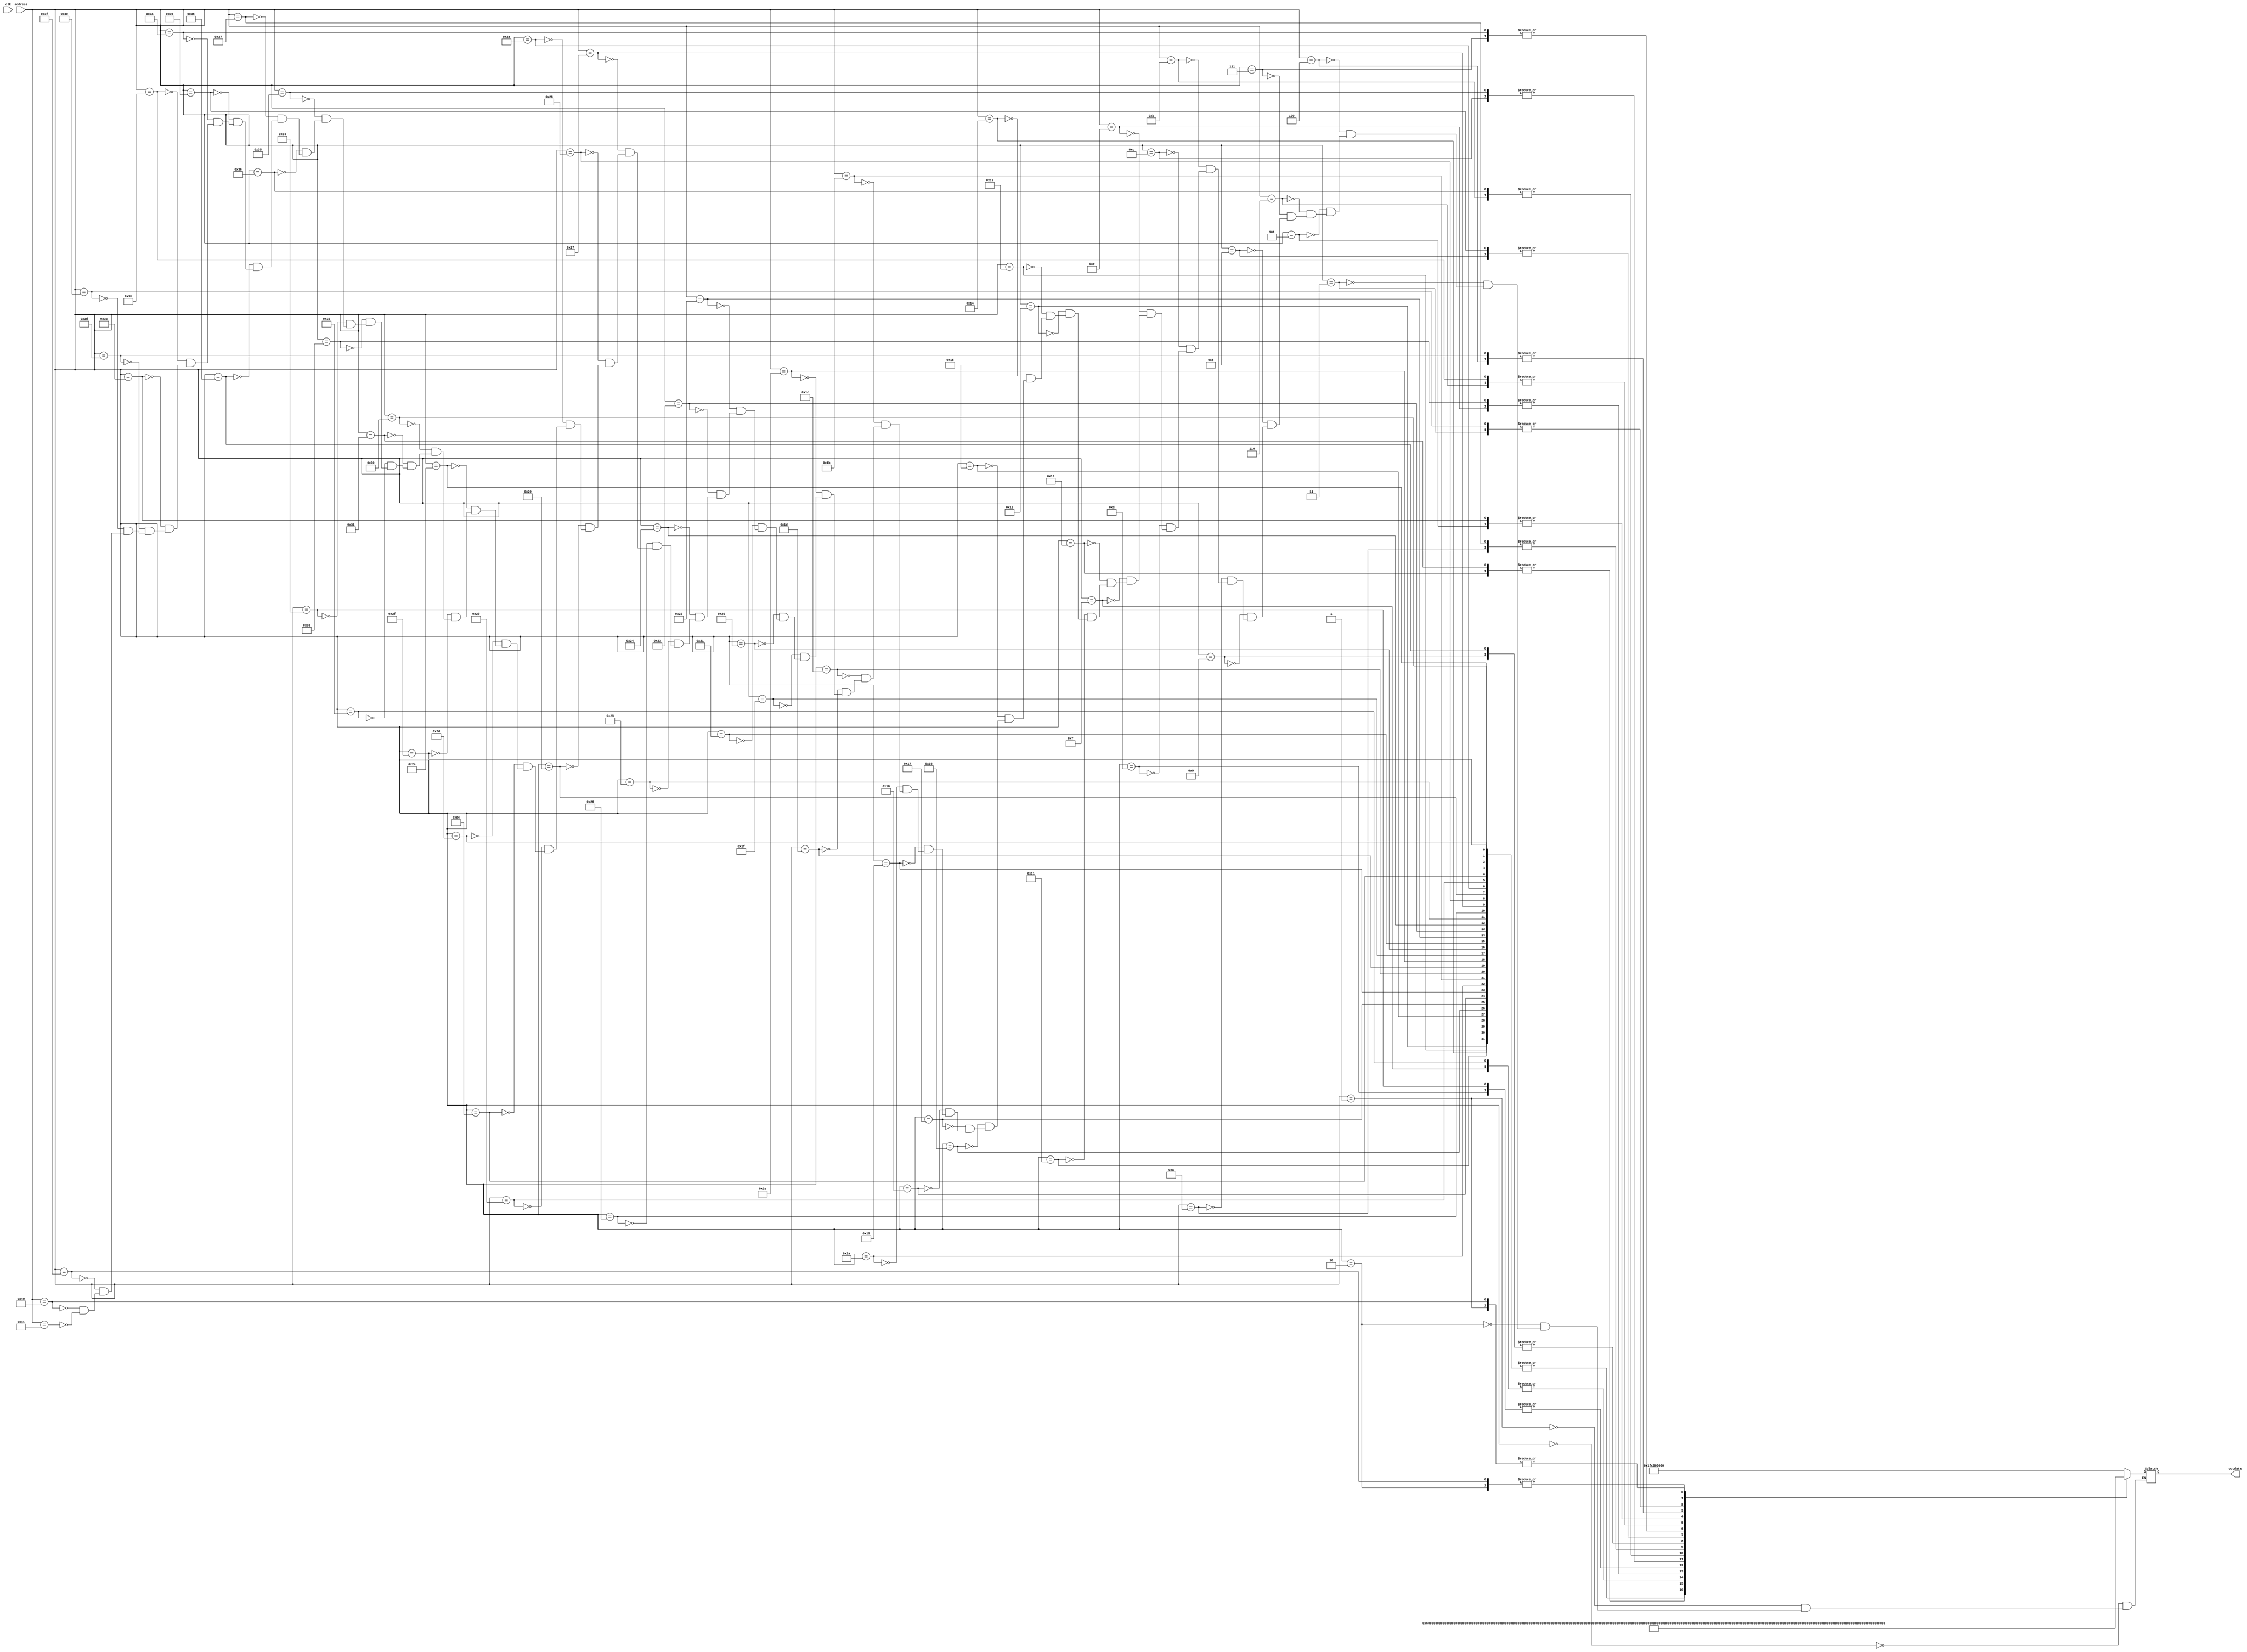
module selector_base (
    input wire clk,  // clock
    input wire[6:0] address,
    output reg [58:0] outdata
  );
  
  (* rom_style = "block" *)
  
  reg [6:0] address_reg;

  /* Combinational Logic */
  always @* begin
    case(address)
      0: outdata = 59'b00000000000000000000000000111111100000000000000000000000000;
      1: outdata = 59'b00000000000000000000000011111111111000000000000000000000000;
      2: outdata = 59'b00000000000000000000001111100000111110000000000000000000000;
      3: outdata = 59'b00000000000000000000011110000000001111000000000000000000000;
      4: outdata = 59'b00000000000000000001111000000000000011110000000000000000000;
      5: outdata = 59'b00000000000000000011110000000000000001111000000000000000000;
      6: outdata = 59'b00000000000000001111000000000000000000011110000000000000000;
      7: outdata = 59'b00000000000000111100000000000000000000000111100000000000000;
      8: outdata = 59'b00000000000001111000000000000000000000000011110000000000000;
      9: outdata = 59'b00000000000111100000000000000000000000000000111100000000000;
      10: outdata = 59'b00000000011110000000000000000000000000000000001111000000000;
      11: outdata = 59'b00000000111000000000000000000000000000000000000011100000000;
      12: outdata = 59'b00000011110000000000000000000000000000000000000001111000000;
      13: outdata = 59'b00000111000000000000000000000000000000000000000000011100000;
      14: outdata = 59'b00011100000000000000000000000000000000000000000000000111000;
      15: outdata = 59'b01111000000000000000000000000000000000000000000000000011110;
      16: outdata = 59'b01100000000000000000000000000000000000000000000000000000110;
      17: outdata = 59'b11000000000000000000000000000000000000000000000000000000011;
      18: outdata = 59'b11000000000000000000000000000000000000000000000000000000011;
      19: outdata = 59'b11000000000000000000000000000000000000000000000000000000011;
      20: outdata = 59'b11000000000000000000000000000000000000000000000000000000011;
      21: outdata = 59'b11000000000000000000000000000000000000000000000000000000011;
      22: outdata = 59'b11000000000000000000000000000000000000000000000000000000011;
      23: outdata = 59'b11000000000000000000000000000000000000000000000000000000011;
      24: outdata = 59'b11000000000000000000000000000000000000000000000000000000011;
      25: outdata = 59'b11000000000000000000000000000000000000000000000000000000011;
      26: outdata = 59'b11000000000000000000000000000000000000000000000000000000011;
      27: outdata = 59'b11000000000000000000000000000000000000000000000000000000011;
      28: outdata = 59'b11000000000000000000000000000000000000000000000000000000011;
      29: outdata = 59'b11000000000000000000000000000000000000000000000000000000011;
      30: outdata = 59'b11000000000000000000000000000000000000000000000000000000011;
      31: outdata = 59'b11000000000000000000000000000000000000000000000000000000011;
      32: outdata = 59'b11000000000000000000000000000000000000000000000000000000011;
      33: outdata = 59'b11000000000000000000000000000000000000000000000000000000011;
      34: outdata = 59'b11000000000000000000000000000000000000000000000000000000011;
      35: outdata = 59'b11000000000000000000000000000000000000000000000000000000011;
      36: outdata = 59'b11000000000000000000000000000000000000000000000000000000011;
      37: outdata = 59'b11000000000000000000000000000000000000000000000000000000011;
      38: outdata = 59'b11000000000000000000000000000000000000000000000000000000011;
      39: outdata = 59'b11000000000000000000000000000000000000000000000000000000011;
      40: outdata = 59'b11000000000000000000000000000000000000000000000000000000011;
      41: outdata = 59'b11000000000000000000000000000000000000000000000000000000011;
      42: outdata = 59'b11000000000000000000000000000000000000000000000000000000011;
      43: outdata = 59'b11000000000000000000000000000000000000000000000000000000011;
      44: outdata = 59'b11000000000000000000000000000000000000000000000000000000011;
      45: outdata = 59'b11000000000000000000000000000000000000000000000000000000011;
      46: outdata = 59'b11000000000000000000000000000000000000000000000000000000011;
      47: outdata = 59'b11000000000000000000000000000000000000000000000000000000011;
      48: outdata = 59'b11000000000000000000000000000000000000000000000000000000011;
      49: outdata = 59'b01100000000000000000000000000000000000000000000000000000110;
      50: outdata = 59'b01111000000000000000000000000000000000000000000000000011110;
      51: outdata = 59'b00011100000000000000000000000000000000000000000000000111000;
      52: outdata = 59'b00000111000000000000000000000000000000000000000000011100000;
      53: outdata = 59'b00000011110000000000000000000000000000000000000001111000000;
      54: outdata = 59'b00000000111000000000000000000000000000000000000011100000000;
      55: outdata = 59'b00000000011110000000000000000000000000000000001111000000000;
      56: outdata = 59'b00000000000111100000000000000000000000000000111100000000000;
      57: outdata = 59'b00000000000001111000000000000000000000000011110000000000000;
      58: outdata = 59'b00000000000000111100000000000000000000000111100000000000000;
      59: outdata = 59'b00000000000000001111000000000000000000011110000000000000000;
      60: outdata = 59'b00000000000000000011110000000000000001111000000000000000000;
      61: outdata = 59'b00000000000000000001111000000000000011110000000000000000000;
      62: outdata = 59'b00000000000000000000011110000000001111000000000000000000000;
      63: outdata = 59'b00000000000000000000001111100000111110000000000000000000000;
      64: outdata = 59'b00000000000000000000000011111111111000000000000000000000000;
      65: outdata = 59'b00000000000000000000000000111111100000000000000000000000000;    
    endcase
  end
  
  /* Sequential Logic */
  always @(posedge clk) begin
    address_reg <= address;    
  end
  
endmodule